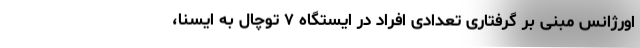
اورژانس مبنی بر گرفتاری تعدادی افراد در ایستگاه ۷ توچال به ایسنا،